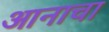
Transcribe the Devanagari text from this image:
आनाचा